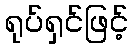
ရုပ်ရှင်ဖြင့်